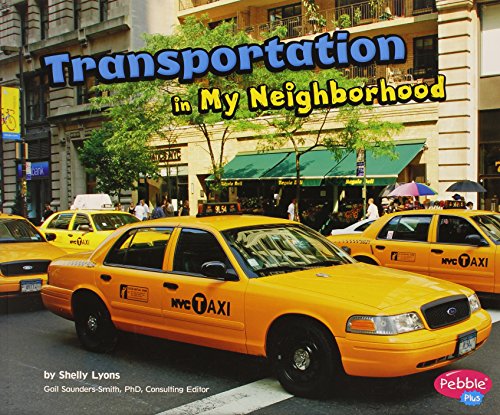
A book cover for Transportation in My Neighborhood; Shelly Lyons; Children's Books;